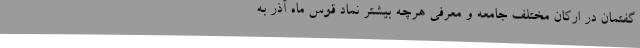
گفتمان در ارکان مختلف جامعه و معرفی هرچه بیشتر نماد قوس ماه آذر به